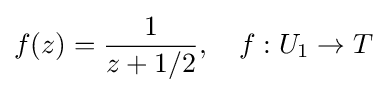
f(z)={\frac {1}{z+1/2}},\quad f:U_{1}\to T